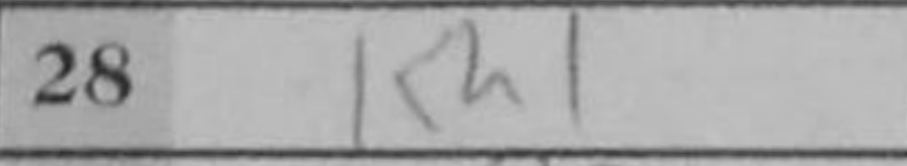
Transcription: Kh1